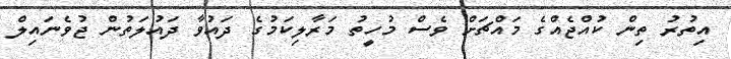
އިތުރު ތިން ކުއްޖެއްގެ މައްޗަށް ވެސް މުހީތު މަރާލިކަމުގެ ދައުވާ ދައުލަތުން ޖުވެނައިލް